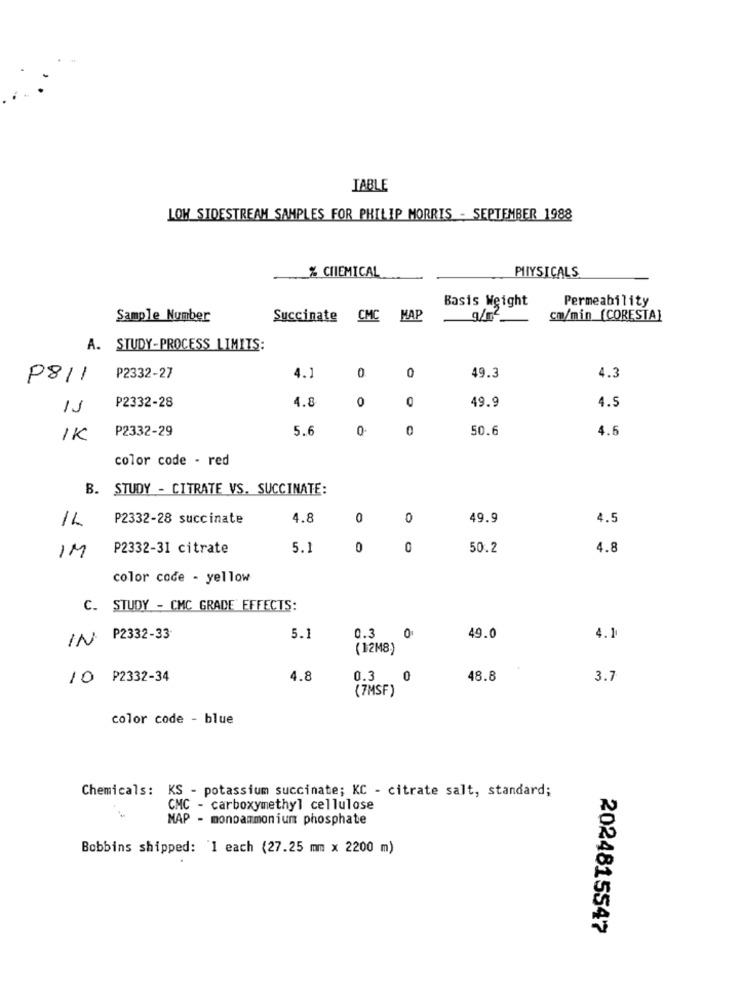
TABLE
LOW SIDESTREAM SAMPLES FOR PHILIP MORRIS - SEPTEMBER 1988
% CHEMICAL
PHYSICALS
Basis Weight
Permeability
Sample Number
Succinate CMC MAP
cm/min (CORESTA]
A. STUDY-PROCESS LIMITS:
0
0
P811
₱2332-27
4.1
49.3
4.3
4.8
49.9
₱2332-28
0
O
4.5
P2332-29
5.6
0
50.6
4.6
IK
color code - red
B. STUDY - CITRATE VS. SUCCINATE:
1L
P2332-28 succinate
4.8
0
0
49.9
4.5
IM
P2332-31 citrate
5.1
0
0
50.2
4.8
color code - yellow
C. STUDY - CMC GRADE EFFECTS:
IN P2332-33
5.1
0.3 0
49.0
4.1
(12M8)
10 P2332-34
4.8
0.3 0
48.8
3.7
(7MSF)
color code - blue
Chemicals: KS - potassium succinate; KC - citrate salt, standard;
CMC - carboxymethyl cellulose
MAP - monoammonium phosphate
Bobbins shipped: 1 each (27.25 mm x 2200 m)
2024815547